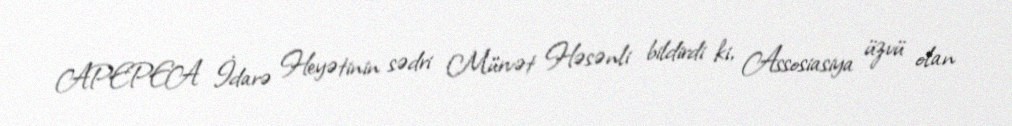
APEPEA İdarə Heyətinin sədri Mürvət Həsənli bildirdi ki, Assosiasiya üzvü olan